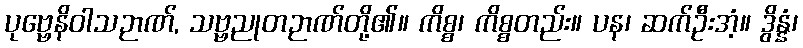
ပုဗ္ဗေနိဝါသဉာဏ်, သဗ္ဗညုတဉာဏ်တို့၏။ ကိစ္စ၊ ကိစ္စတည်း။ ပန၊ ဆက်ဦးအံ့။ ဒွိန္နံ၊